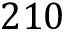
2 1 0